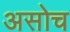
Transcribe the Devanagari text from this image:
असोच